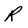
Character: R